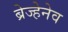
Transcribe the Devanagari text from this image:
ब्रेज्हेनेव